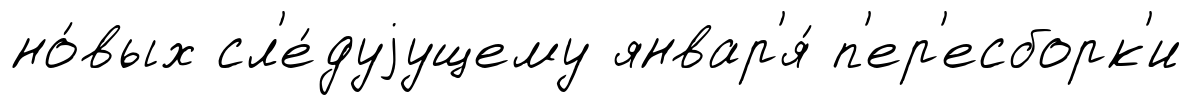
но́вых сл'е́дуjущему январ'я́ п'ер'есборк'и